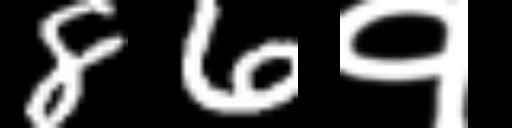
Text: 86१